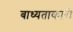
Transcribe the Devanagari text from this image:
बाध्यताकारी